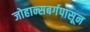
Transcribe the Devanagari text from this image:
जोहान्सबर्गपासून